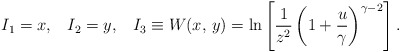
\begin{align*}I_1=x,\;\;\;I_2=y,\;\;\;I_3\equiv W(x,\,y)=\ln\left[{1\over{z^2}}\left(1+{u\over\gamma}\right)^{\gamma-2}\right].\end{align*}